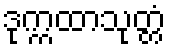
ဒုက္ကထာသုတ္တံ